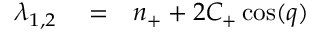
\begin{array} { r l r } { \lambda _ { 1 , 2 } } & { { } = } & { n _ { + } + 2 C _ { + } \cos ( q ) } \end{array}